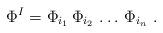
LaTeX: \begin{align*}\Phi^I = \Phi_{i_1} \, \Phi_{i_2} \, \dots \, \Phi_{i_n} \ .\end{align*}